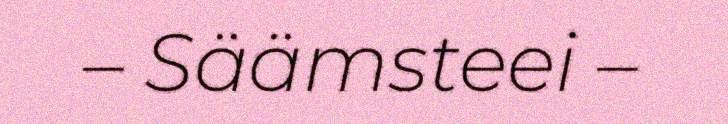
– Säämsteei –